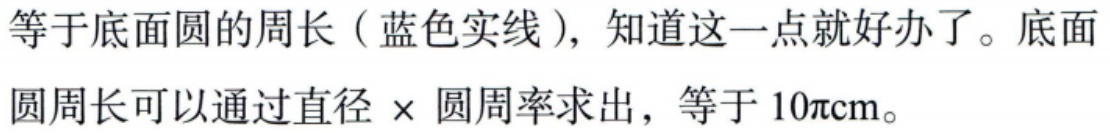
等于底面圆的周长（蓝色实线），知道这一点就好办了。底面圆周长可以通过直径$\times$圆周率求出，等于$10\pi\mathrm{cm}$。